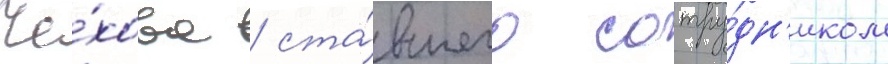
Че́хова / ста́вшего сотру́дн'иком